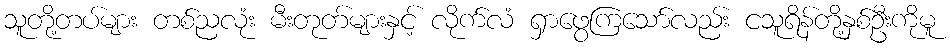
သူတို့တပ်များ တစ်ညလုံး မီးတုတ်များနှင့် လိုက်လံ ရှာဖွေကြသော်လည်း ငသူရိန်တို့နှစ်ဦးကိုမူ